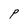
Character: P